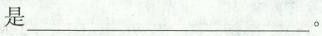
是___。